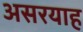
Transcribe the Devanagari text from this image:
असरयाह